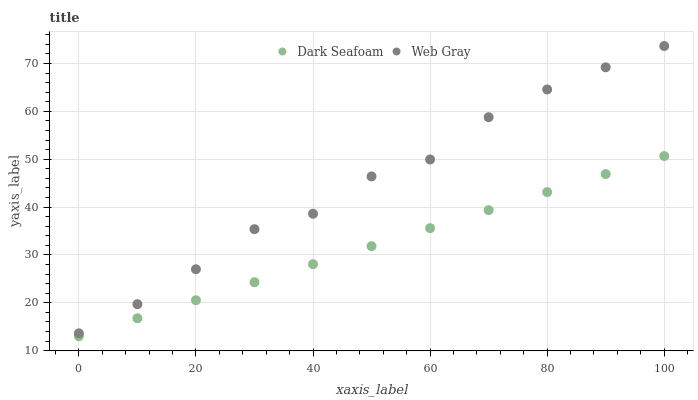
| xaxis_label | Dark Seafoam | Web Gray |
 | --- | --- | --- |
 | 0 | 13 | 13.6 |
 | 10 | 16.8 | 19.7 |
 | 20 | 20.5 | 27 |
 | 30 | 24.3 | 35.4 |
 | 40 | 28.1 | 38.6 |
 | 50 | 31.8 | 46.4 |
 | 60 | 35.6 | 49.9 |
 | 70 | 39.4 | 58.8 |
 | 80 | 43.1 | 64.6 |
 | 90 | 46.9 | 69.2 |
 | 100 | 50.7 | 73.7 |